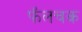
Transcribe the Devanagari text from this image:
फॅलचक